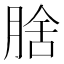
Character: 𭨻